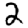
Digit: 2